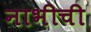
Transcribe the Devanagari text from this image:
नाभीची